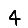
Digit: 4